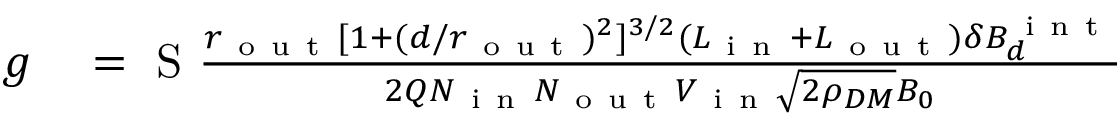
\begin{array} { r l } { g } & { { } = \mathrm { ~ S ~ } \frac { r _ { \mathrm { ~ o ~ u ~ t ~ } } [ 1 + ( d / r _ { \mathrm { ~ o ~ u ~ t ~ } } ) ^ { 2 } ] ^ { 3 / 2 } ( L _ { \mathrm { ~ i ~ n ~ } } + L _ { \mathrm { ~ o ~ u ~ t ~ } } ) \delta B _ { d } ^ { \mathrm { ~ i ~ n ~ t ~ } } } { 2 Q N _ { \mathrm { ~ i ~ n ~ } } N _ { \mathrm { ~ o ~ u ~ t ~ } } V _ { \mathrm { ~ i ~ n ~ } } \sqrt { 2 \rho _ { D M } } B _ { 0 } } } \end{array}